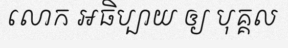
លោក អធិប្បាយ ឲ្យ បុគ្គល